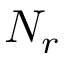
N _ { r }